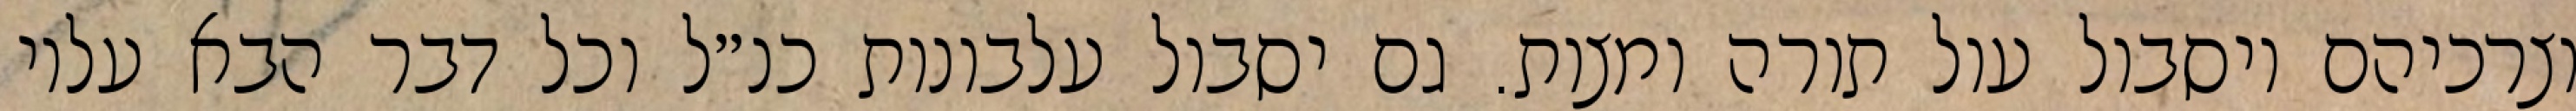
וצרכיהם ויסבול עול תורה ומצות. גם יסבול עלבונות כנ״ל וכל דבר הבא עליו